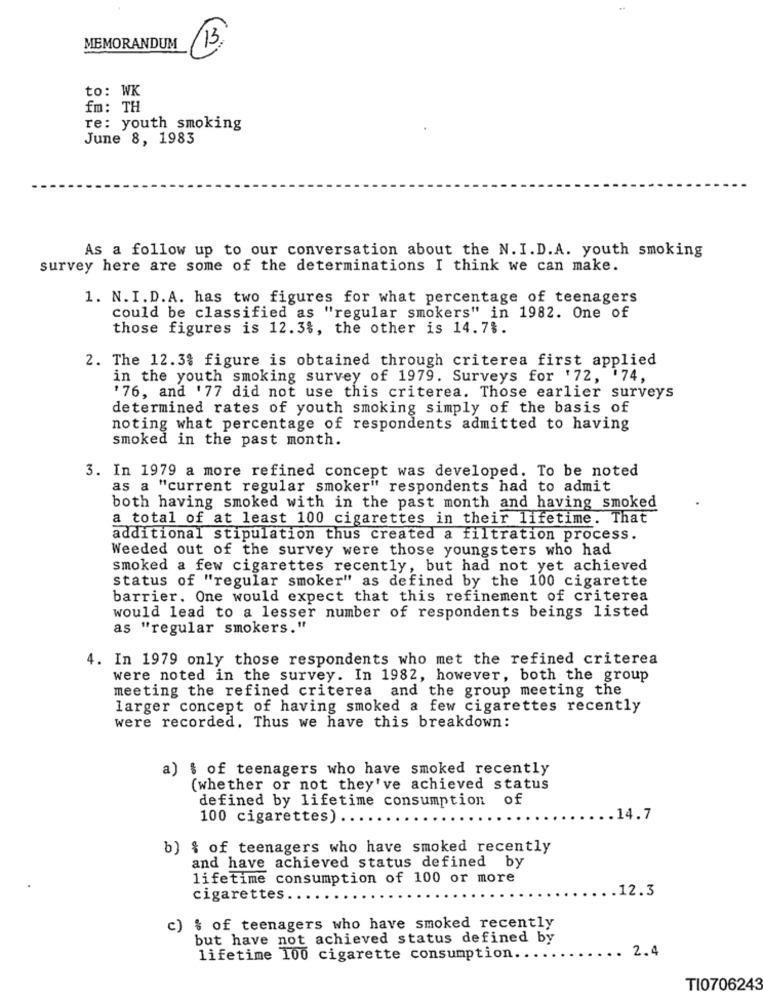
MEMORANDUM
13
to: WK
fm: TH
re: youth smoking
June 8, 1983
As a follow up to our conversation about the N. I.D.A. youth smoking
survey here are some of the determinations I think we can make.
1. N.I.D.A. has two figures for what percentage of teenagers
could be classified as "regular smokers" in 1982. One of
those figures is 12.3%, the other is 14.7%.
2. The 12.3% figure is obtained through criterea first applied
in the youth smoking survey of 1979. Surveys for '72, '74,
'76, and '77 did not use this criterea. Those earlier surveys
determined rates of youth smoking simply of the basis of
noting what percentage of respondents admitted to having
smoked in the past month.
3. In 1979 a more refined concept was developed. To be noted
as a "current regular smoker" respondents had to admit
both having smoked with in the past month and having smoked
a total of at least 100 cigarettes in their lifetime. That
additional stipulation thus created a filtration process.
Weeded out of the survey were those youngsters who had
smoked a few cigarettes recently, but had not yet achieved
status of "regular smoker" as defined by the 100 cigarette
barrier. One would expect that this refinement of criterea
would lead to a lesser number of respondents beings listed
as "regular smokers."
4. In 1979 only those respondents who met the refined criterea
were noted in the survey. In 1982, however, both the group
meeting the refined criterea and the group meeting the
larger concept of having smoked a few cigarettes recently
were recorded. Thus we have this breakdown:
a) $ of teenagers who have smoked recently
(whether or not they've achieved status
defined by lifetime consumption of
100 cigarettes)
.14.7
b) { of teenagers who have smoked recently
and have achieved status defined by
lifetime consumption of 100 or more
.12.3
cigarettes.
c) $ of teenagers who have smoked recently
but have not achieved status defined by
2.4
lifetime 100 cigarette consumption.
TI0706243